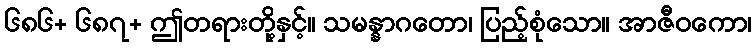
၆၈၆+ ၆၈၇+ ဤတရားတို့နှင့်။ သမန္နာဂတော၊ ပြည့်စုံသော။ အာဇီဝကော၊